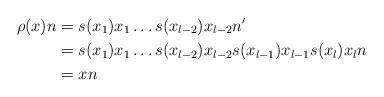
LaTeX: \begin{align*}\rho(x)n&=s(x_{1})x_{1} \hdots s(x_{l-2})x_{l-2}n' \\&=s(x_{1})x_{1}\hdots s(x_{l-2})x_{l-2}s(x_{l-1})x_{l-1}s(x_{l})x_{l}n \\&=xn\end{align*}